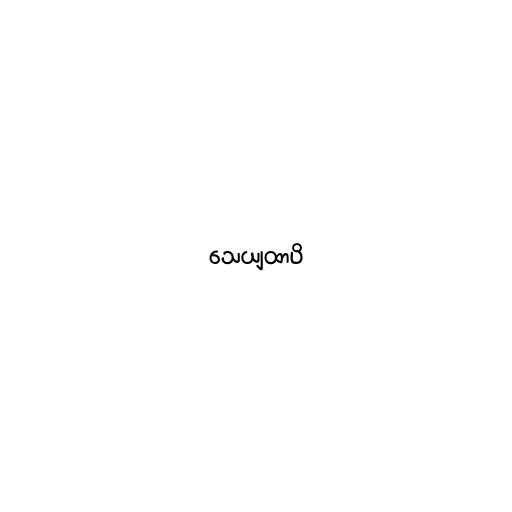
သေယျထာပိ